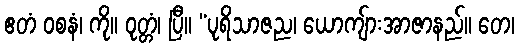
ဧတံ ဝစနံ၊ ကို။ ဝုတ္တံ၊ ပြီ။ “ပုရိသာဇည၊ ယောကျ်ားအာဇာနည်။ တေ၊